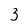
Character: 3